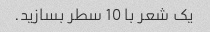
یک شعر با 10 سطر بسازید.